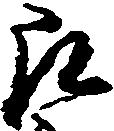
郎